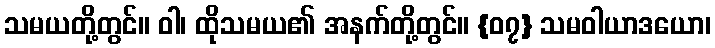
သမယတို့တွင်။ ဝါ၊ ထိုသမယ၏ အနက်တို့တွင်။ {၀၇} သမဝါယာဒယော၊